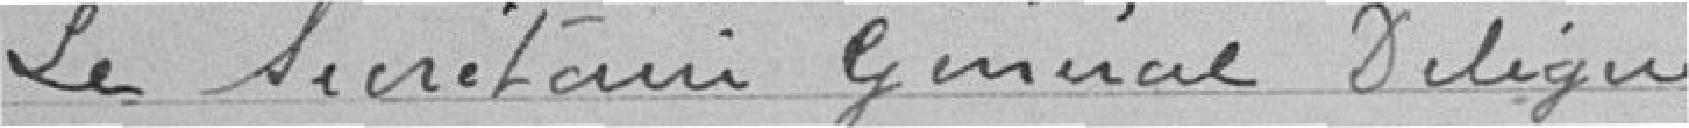
Le Secrétaire Général Délégué